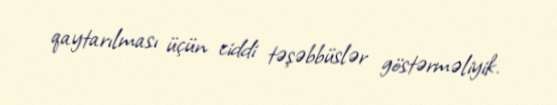
qaytarılması üçün ciddi təşəbbüslər göstərməliyik.